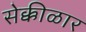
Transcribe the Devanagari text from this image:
सेक्कीळार